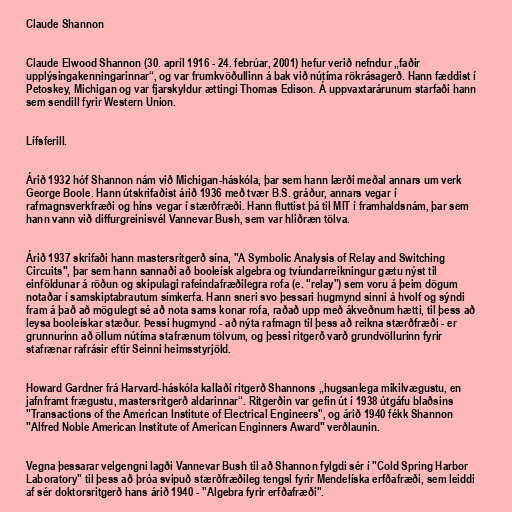
Claude Shannon

Claude Elwood Shannon (30. apríl 1916 - 24. febrúar, 2001) hefur verið nefndur „faðir
upplýsingakenningarinnar“, og var frumkvöðullinn á bak við nútíma rökrásagerð. Hann fæddist í
Petoskey, Michigan og var fjarskyldur ættingi Thomas Edison. Á uppvaxtarárunum starfaði hann
sem sendill fyrir Western Union.

Lífsferill.

Árið 1932 hóf Shannon nám við Michigan-háskóla, þar sem hann lærði meðal annars um verk
George Boole. Hann útskrifaðist árið 1936 með tvær B.S. gráður, annars vegar í
rafmagnsverkfræði og hins vegar í stærðfræði. Hann fluttist þá til MIT í framhaldsnám, þar sem
hann vann við diffurgreinisvél Vannevar Bush, sem var hliðræn tölva.

Árið 1937 skrifaði hann mastersritgerð sína, "A Symbolic Analysis of Relay and Switching
Circuits", þar sem hann sannaði að booleísk algebra og tvíundarreikningur gætu nýst til
einföldunar á röðun og skipulagi rafeindafræðilegra rofa (e. "relay") sem voru á þeim dögum
notaðar í samskiptabrautum símkerfa. Hann sneri svo þessari hugmynd sinni á hvolf og sýndi
fram á það að mögulegt sé að nota sams konar rofa, raðað upp með ákveðnum hætti, til þess að
leysa booleískar stæður. Þessi hugmynd - að nýta rafmagn til þess að reikna stærðfræði - er
grunnurinn að öllum nútíma stafrænum tölvum, og þessi ritgerð varð grundvöllurinn fyrir
stafrænar rafrásir eftir Seinni heimsstyrjöld.

Howard Gardner frá Harvard-háskóla kallaði ritgerð Shannons „hugsanlega mikilvægustu, en
jafnframt frægustu, mastersritgerð aldarinnar“. Ritgerðin var gefin út í 1938 útgáfu blaðsins
"Transactions of the American Institute of Electrical Engineers", og árið 1940 fékk Shannon
"Alfred Noble American Institute of American Enginners Award" verðlaunin.

Vegna þessarar velgengni lagði Vannevar Bush til að Shannon fylgdi sér í "Cold Spring Harbor
Laboratory" til þess að þróa svipuð stærðfræðileg tengsl fyrir Mendelíska erfðafræði, sem leiddi
af sér doktorsritgerð hans árið 1940 - "Algebra fyrir erfðafræði".